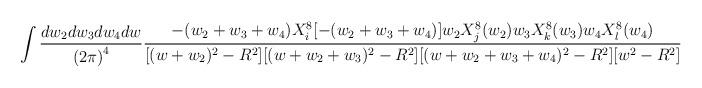
LaTeX: \begin{align*}\int \frac{dw_2 dw_3 dw_4 dw}{{(2\pi)}^4} \frac{-(w_2+w_3+w_4) X_i^8[-(w_2+w_3+w_4)]w_2 X_j^8(w_2) w_3 X_k^8(w_3) w_4 X_l^8(w_4)}{ [(w+w_2)^2-R^2][(w+w_2+w_3)^2-R^2][(w+w_2+w_3+w_4)^2-R^2][w^2-R^2]}\end{align*}